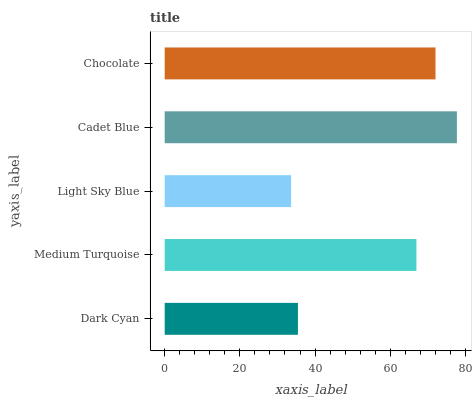
| yaxis_label | bars |
 | --- | --- |
 | Dark Cyan | 35.4 |
 | Medium Turquoise | 67 |
 | Light Sky Blue | 33.6 |
 | Cadet Blue | 77.7 |
 | Chocolate | 72 |